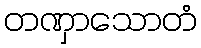
တဏှာသောတံ